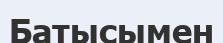
Батысымен